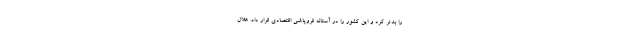
را بدتر کرد و این کشور را در آستانه فروپاشی اقتصادی قرار داد. هلال